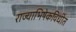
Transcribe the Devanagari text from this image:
राज्याभिषेकविधींत